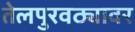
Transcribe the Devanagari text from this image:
तेलपुरवठ्यावर